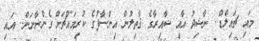
މައި ޗައިލްޑް.. ނާޝިދު އާއި ޝާއިރާގެ ޤާތިލުން އިންސާފުގެ ކުރިމައްޗަށް ގެންނާނަން.. އައި